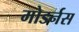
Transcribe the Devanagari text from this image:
मोडर्नस